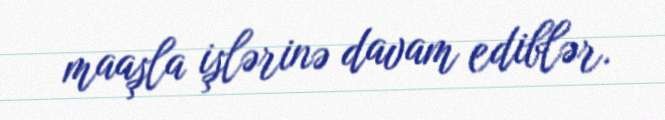
maaşla işlərinə davam ediblər.